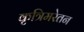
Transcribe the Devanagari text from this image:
कृत्रिमरेतन